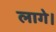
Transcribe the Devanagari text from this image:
लागे।